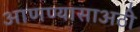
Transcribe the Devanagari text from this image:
आणण्यासाअठी